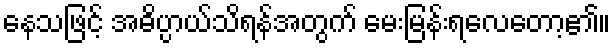
နေသဖြင့် အဓိပ္ပာယ်သိရန်အတွက် မေးမြန်းရလေတော့၏။